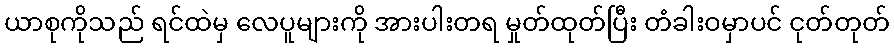
ယာစုကိုသည် ရင်ထဲမှ လေပူများကို အားပါးတရ မှုတ်ထုတ်ပြီး တံခါးဝမှာပင် ငုတ်တုတ်